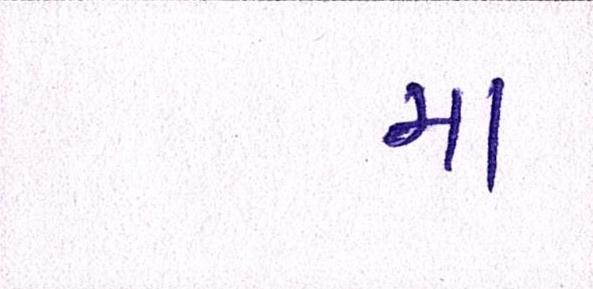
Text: મા